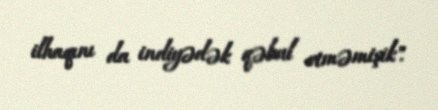
ilhaqını da indiyədək qəbul etməmişik".